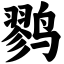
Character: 鹨